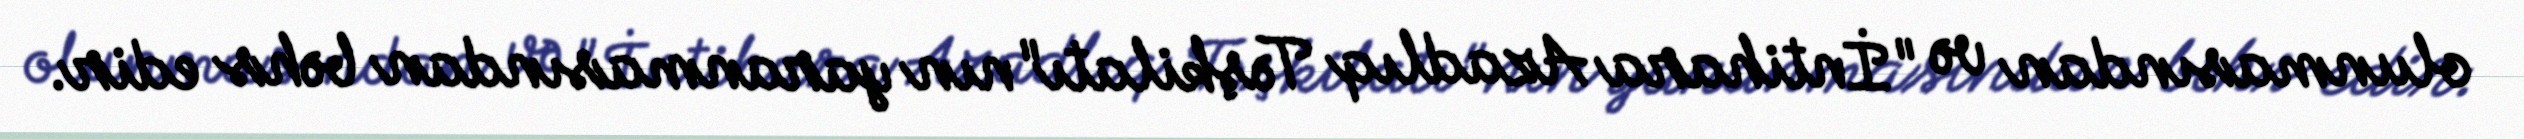
olunmasından və "İntihara Azadlıq Təşkilatı"nın yaranmasından bəhs edir.